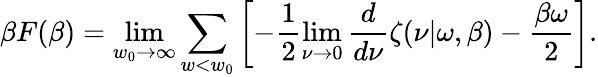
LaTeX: \beta F(\beta)=\operatorname*{lim}_{w_{0}\rightarrow\infty}\sum_{w<w_{0}}\left[-\frac 12\operatorname*{lim}_{\nu\rightarrow 0}{\frac{d}{d\nu}}\zeta(\nu|\omega,\beta)-{\frac{\beta\omega}{2}}\right].